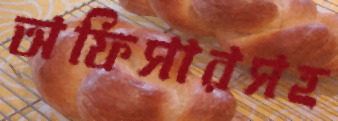
অফিসারসহ